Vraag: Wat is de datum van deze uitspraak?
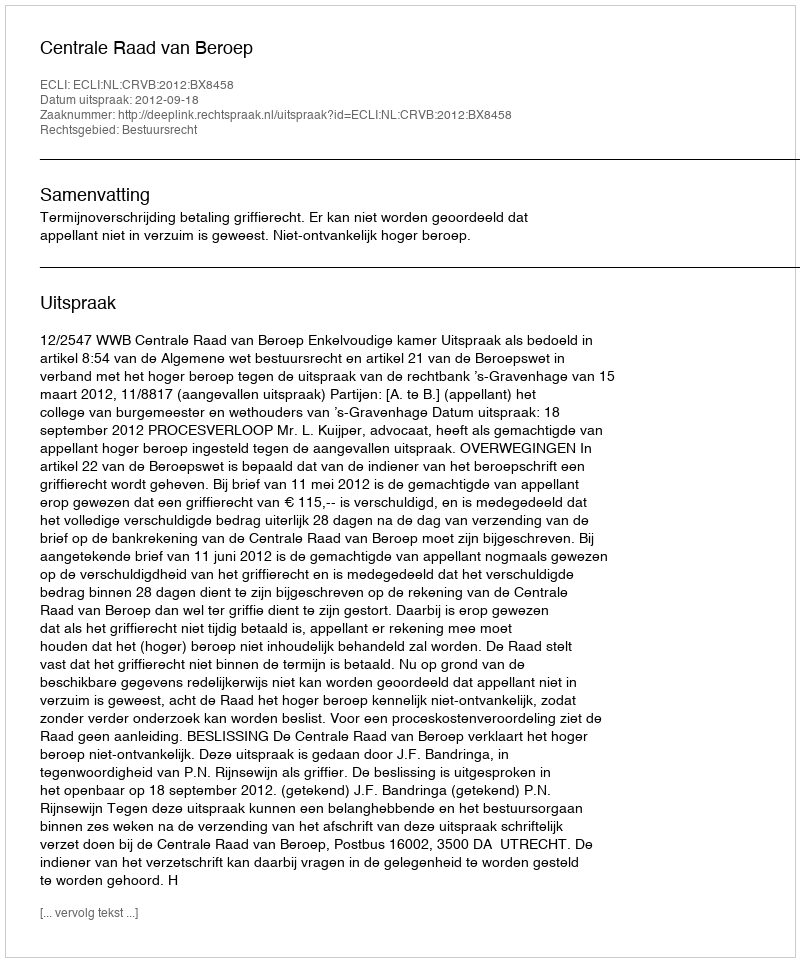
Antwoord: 2012-09-18